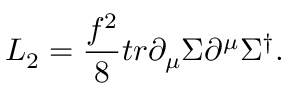
{ \cal L } _ { 2 } = { \frac { f ^ { 2 } } { 8 } } t r \partial _ { \mu } \Sigma \partial ^ { \mu } \Sigma ^ { \dagger } .